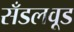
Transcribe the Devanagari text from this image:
सँडलवूड